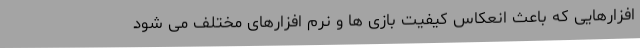
افزارهایی که باعث انعکاس کیفیت بازی ها و نرم افزارهای مختلف می شود